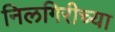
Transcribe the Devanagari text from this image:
निलगिरीच्‍या